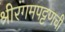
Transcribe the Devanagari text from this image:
श्रीरंगमपट्टणची